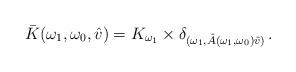
LaTeX: \begin{align*} \bar{K}(\omega_1,\omega_0,\hat{v})=K_{\omega_1}\times \delta_{(\omega_1, \hat{A}(\omega_1,\omega_0)\hat{v})} \, . \end{align*}